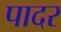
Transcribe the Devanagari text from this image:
पादर